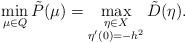
LaTeX: \begin{align*}\min_{\mu\in Q}\tilde{P}(\mu)=\max_{\substack{\eta\in X\\\eta'(0)=-h^{2}}}\tilde{D}(\eta).\end{align*}